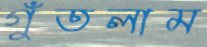
গুঁতলাম